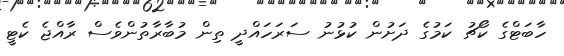
ހާބަޓްގެ ކޯޗު ކަމުގެ ދަށުން ކުޅުނު ސަރަހައްދީ ތިން މުބާރާތުންވެސް ރާއްޖެ ކެޓީ